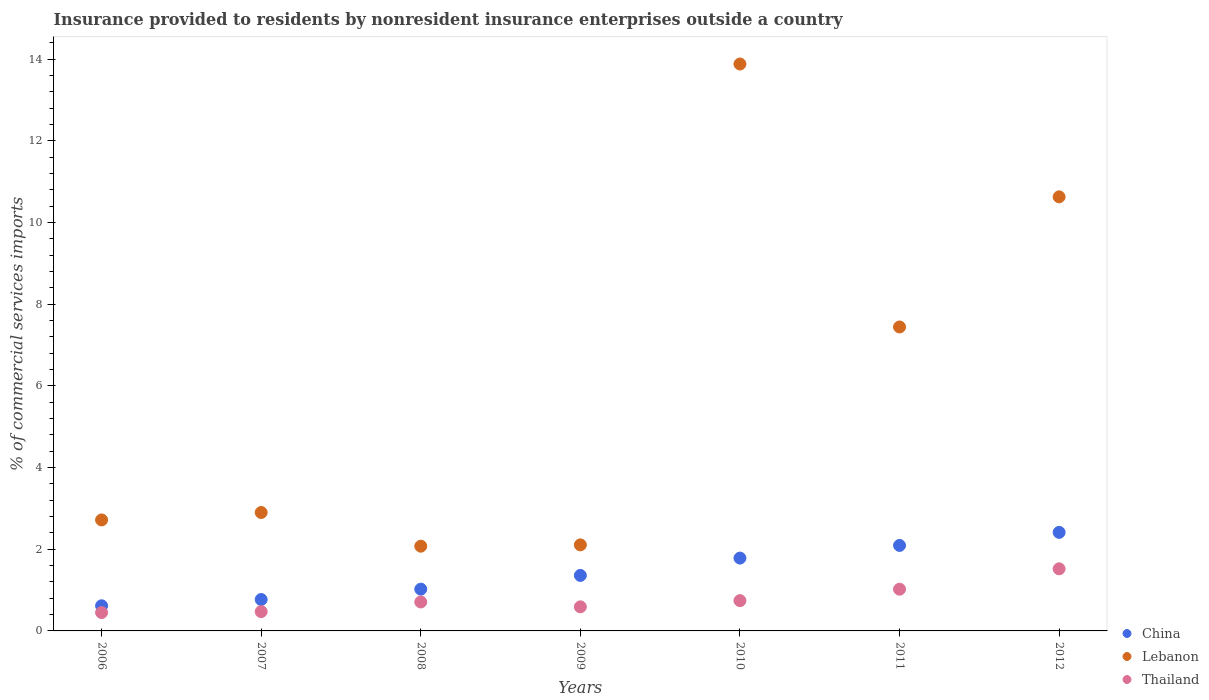
| Years | China | Lebanon | Thailand |
 | --- | --- | --- | --- |
 | 2006 | 0.615 | 2.72 | 0.449 |
 | 2007 | 0.769 | 2.9 | 0.473 |
 | 2008 | 1.02 | 2.07 | 0.709 |
 | 2009 | 1.36 | 2.11 | 0.59 |
 | 2010 | 1.78 | 13.9 | 0.741 |
 | 2011 | 2.09 | 7.44 | 1.02 |
 | 2012 | 2.41 | 10.6 | 1.52 |